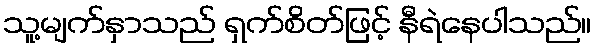
သူ့မျက်နှာသည် ရှက်စိတ်ဖြင့် နီရဲနေပါသည်။